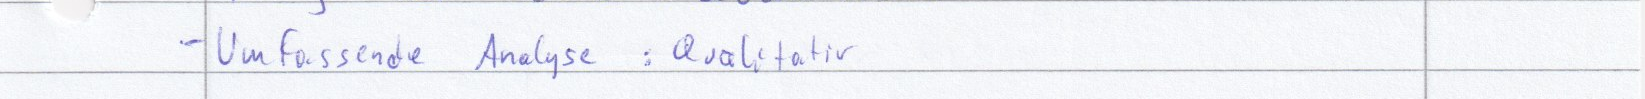
- Umfassende Analyse : Qualitativ